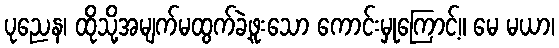
ပုညေန၊ ထိုသို့အမျက်မထွက်ခဲ့ဖူးသော ကောင်းမှုကြောင့်။ မေ မယာ၊